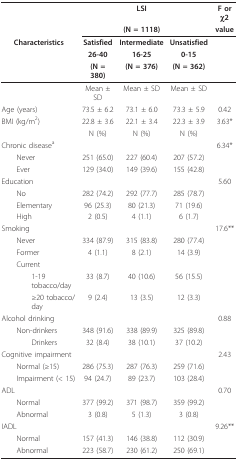
<table><thead><tr><td></td><td></td><td><b>LSI</b></td><td></td><td><b>F or χ2</b></td></tr><tr><td></td><td></td><td><b>(N = 1118)</b></td><td></td><td><b>value</b></td></tr><tr><td><b>Characteristics</b></td><td><b>Satisfied</b></td><td><b>Intermediate</b></td><td><b>Unsatisfied</b></td><td></td></tr><tr><td></td><td><b>26-40</b></td><td><b>16-25</b></td><td><b>0-15</b></td><td></td></tr><tr><td></td><td><b>(N = 380)</b></td><td><b>(N = 376)</b></td><td><b>(N = 362)</b></td><td></td></tr></thead><tbody><tr><td></td><td>Mean ± SD</td><td>Mean ± SD</td><td>Mean ± SD</td><td></td></tr><tr><td>Age (years)</td><td>73.5 ± 6.2</td><td>73.1 ± 6.0</td><td>73.3 ± 5.9</td><td>0.42</td></tr><tr><td>BMI (kg/m<sup>2</sup>)</td><td>22.8 ± 3.6</td><td>22.1 ± 3.4</td><td>22.3 ± 3.9</td><td>3.63*</td></tr><tr><td></td><td>N (%)</td><td>N (%)</td><td>N (%)</td><td></td></tr><tr><td>Chronic disease<sup>a</sup></td><td></td><td></td><td></td><td>6.34*</td></tr><tr><td> Never</td><td>251 (65.0)</td><td>227 (60.4)</td><td>207 (57.2)</td><td></td></tr><tr><td> Ever</td><td>129 (34.0)</td><td>149 (39.6)</td><td>155 (42.8)</td><td></td></tr><tr><td>Education</td><td></td><td></td><td></td><td>5.60</td></tr><tr><td> No</td><td>282 (74.2)</td><td>292 (77.7)</td><td>285 (78.7)</td><td></td></tr><tr><td> Elementary</td><td>96 (25.3)</td><td>80 (21.3)</td><td>71 (19.6)</td><td></td></tr><tr><td> High</td><td>2 (0.5)</td><td>4 (1.1)</td><td>6 (1.7)</td><td></td></tr><tr><td>Smoking</td><td></td><td></td><td></td><td>17.6**</td></tr><tr><td> Never</td><td>334 (87.9)</td><td>315 (83.8)</td><td>280 (77.4)</td><td></td></tr><tr><td> Former</td><td>4 (1.1)</td><td>8 (2.1)</td><td>14 (3.9)</td><td></td></tr><tr><td> Current</td><td></td><td></td><td></td><td></td></tr><tr><td>1-19 tobacco/day</td><td>33 (8.7)</td><td>40 (10.6)</td><td>56 (15.5)</td><td></td></tr><tr><td>≥20 tobacco/day</td><td>9 (2.4)</td><td>13 (3.5)</td><td>12 (3.3)</td><td></td></tr><tr><td>Alcohol drinking</td><td></td><td></td><td></td><td>0.88</td></tr><tr><td> Non-drinkers</td><td>348 (91.6)</td><td>338 (89.9)</td><td>325 (89.8)</td><td></td></tr><tr><td>Drinkers</td><td>32 (8.4)</td><td>38 (10.1)</td><td>37 (10.2)</td><td></td></tr><tr><td>Cognitive impairment</td><td></td><td></td><td></td><td>2.43</td></tr><tr><td> Normal (≥15)</td><td>286 (75.3)</td><td>287 (76.3)</td><td>259 (71.6)</td><td></td></tr><tr><td> Impairment (&lt; 15)</td><td>94 (24.7)</td><td>89 (23.7)</td><td>103 (28.4)</td><td></td></tr><tr><td>ADL</td><td></td><td></td><td></td><td>0.70</td></tr><tr><td> Normal</td><td>377 (99.2)</td><td>371 (98.7)</td><td>359 (99.2)</td><td></td></tr><tr><td> Abnormal</td><td>3 (0.8)</td><td>5 (1.3)</td><td>3 (0.8)</td><td></td></tr><tr><td>IADL</td><td></td><td></td><td></td><td>9.26**</td></tr><tr><td> Normal</td><td>157 (41.3)</td><td>146 (38.8)</td><td>112 (30.9)</td><td></td></tr><tr><td> Abnormal</td><td>223 (58.7)</td><td>230 (61.2)</td><td>250 (69.1)</td><td></td></tr></tbody></table>